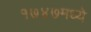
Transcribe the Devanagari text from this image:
१७४७मध्ये